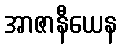
အာဇာနီယေန